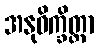
အနုဝိက္ခိတ္တာ